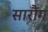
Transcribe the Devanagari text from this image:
सारौंग